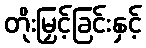
တိုးမြှင့်ခြင်းနှင့်